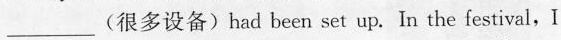
—— (很多设备) had been set up. In the festival，I